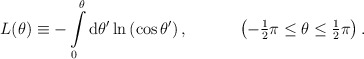
\begin{align*}L(\theta)\equiv -\int\limits_0^{\theta} \mbox{d}\theta' \ln\left(\cos\theta'\right), \hspace{13mm}\left( -{\textstyle{1\over2}}\pi \leq \theta \leq {\textstyle{1\over2}}\pi \right) .\end{align*}